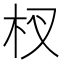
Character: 杈